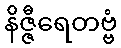
နိဇ္ဇီရေတဗ္ဗံ